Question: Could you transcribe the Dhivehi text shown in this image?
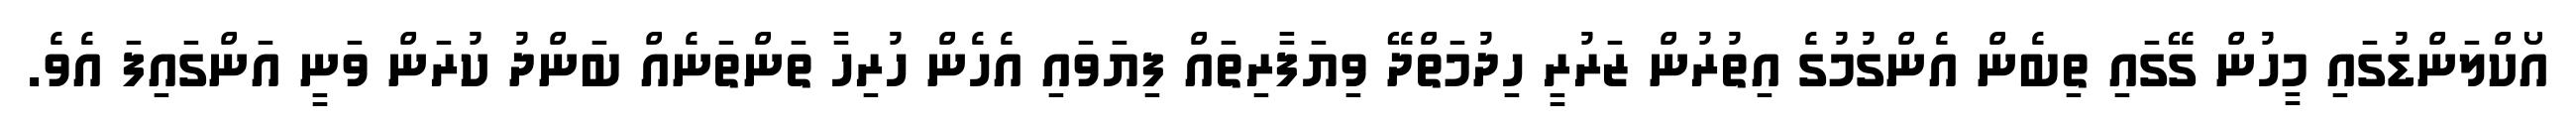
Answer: އޯކްލަންޑުގައި މީހުން ގޭގައި ތިބެން އެންގުމުގެ އިތުރުން ޒަރުރީ ހިދުމަތްދޭ ވިޔަފާރިތައް ފިޔަވައި އެހެން ހުރިހާ ތަންތަނެއް ބަންދު ކުރަން ވަނީ އަންގައިފަ އެވެ.